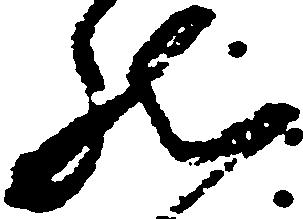
然